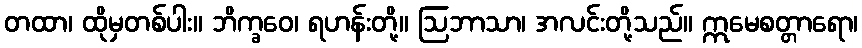
တထာ၊ ထိုမှတစ်ပါး။ ဘိက္ခဝေ၊ ရဟန်းတို့။ ဩဘာသာ၊ အလင်းတို့သည်။ ဣမေစတ္တာရော၊